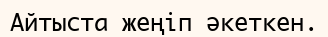
Айтыста жеңіп әкеткен.